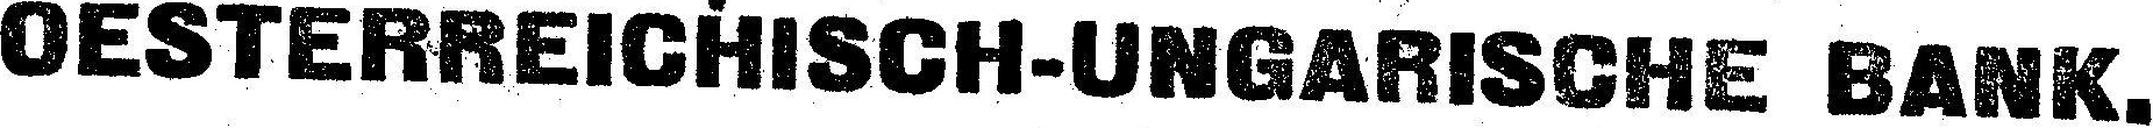
OESTERREICHISCH-UNGARSCHE BANK.